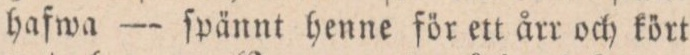
hafwa — ſpännt henne för ett årr och kört